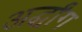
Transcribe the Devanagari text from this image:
अर्द्धांग